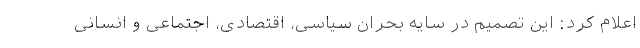
اعلام کرد: این تصمیم در سایه بحران سیاسی، اقتصادی، اجتماعی و انسانی